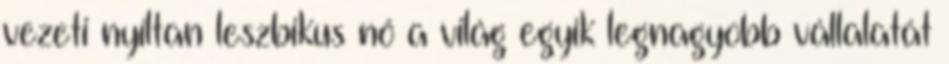
vezeti nyíltan leszbikus nő a világ egyik legnagyobb vállalatát